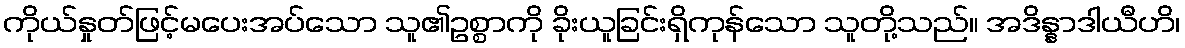
ကိုယ်နှုတ်ဖြင့်မပေးအပ်သော သူ၏ဥစ္စာကို ခိုးယူခြင်းရှိကုန်သော သူတို့သည်။ အဒိန္နာဒါယီဟိ၊